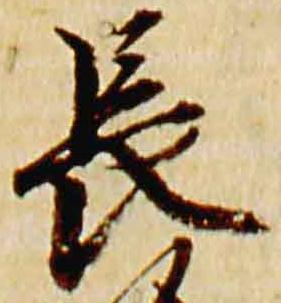
長